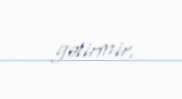
gətirmir.